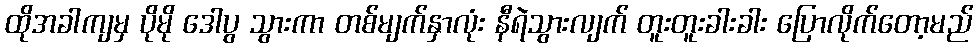
ထိုအခါကျမှ ပိုမို ဒေါပွ သွားကာ တစ်မျက်နှာလုံး နီရဲသွားလျက် တူးတူးခါးခါး ပြောလိုက်တော့မည်